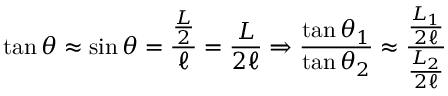
\tan \theta \approx \sin \theta = { \frac { \frac { L } { 2 } } { \ell } } = { \frac { L } { 2 \ell } } \Rightarrow { \frac { \tan \theta _ { 1 } } { \tan \theta _ { 2 } } } \approx { \frac { \frac { L _ { 1 } } { 2 \ell } } { \frac { L _ { 2 } } { 2 \ell } } }